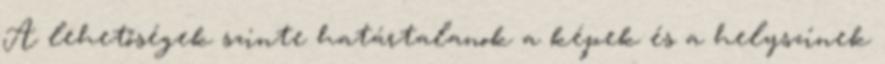
A lehetőségek szinte határtalanok a képek és a helyszínek